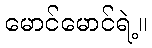
မောင်မောင်ရဲ့။